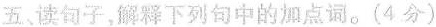
五，读句子，释下列句中的加点词。（4分）